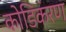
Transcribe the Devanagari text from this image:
कोडिकरण